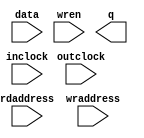
// megafunction wizard: %RAM: 2-PORT%VBB%
// GENERATION: STANDARD
// VERSION: WM1.0
// MODULE: altsyncram 

// ============================================================
// Megafunction Name(s):
// 			altsyncram
//
// Simulation Library Files(s):
// 			altera_mf
// ============================================================
// ************************************************************
// THIS IS A WIZARD-GENERATED FILE. DO NOT EDIT THIS FILE!
//
// 9.0 Build 132 02/25/2009 SJ Full Version
// ************************************************************

//Copyright (C) 1991-2009 Altera Corporation
//Your use of Altera Corporation's design tools, logic functions 
//and other software and tools, and its AMPP partner logic 
//functions, and any output files from any of the foregoing 
//(including device programming or simulation files), and any 
//associated documentation or information are expressly subject 
//to the terms and conditions of the Altera Program License 
//Subscription Agreement, Altera MegaCore Function License 
//Agreement, or other applicable license agreement, including, 
//without limitation, that your use is for the sole purpose of 
//programming logic devices manufactured by Altera and sold by 
//Altera or its authorized distributors.  Please refer to the 
//applicable agreement for further details.

module ImaDRAM (
	data,
	inclock,
	outclock,
	rdaddress,
	wraddress,
	wren,
	q);

	input	[7:0]  data;
	input	  inclock;
	input	  outclock;
	input	[13:0]  rdaddress;
	input	[13:0]  wraddress;
	input	  wren;
	output	[7:0]  q;
`ifndef ALTERA_RESERVED_QIS
// synopsys translate_off
`endif
	tri1	  wren;
`ifndef ALTERA_RESERVED_QIS
// synopsys translate_on
`endif

endmodule

// ============================================================
// CNX file retrieval info
// ============================================================
// Retrieval info: PRIVATE: ADDRESSSTALL_A NUMERIC "0"
// Retrieval info: PRIVATE: ADDRESSSTALL_B NUMERIC "0"
// Retrieval info: PRIVATE: BYTEENA_ACLR_A NUMERIC "0"
// Retrieval info: PRIVATE: BYTEENA_ACLR_B NUMERIC "0"
// Retrieval info: PRIVATE: BYTE_ENABLE_A NUMERIC "0"
// Retrieval info: PRIVATE: BYTE_ENABLE_B NUMERIC "0"
// Retrieval info: PRIVATE: BYTE_SIZE NUMERIC "8"
// Retrieval info: PRIVATE: BlankMemory NUMERIC "1"
// Retrieval info: PRIVATE: CLOCK_ENABLE_INPUT_A NUMERIC "0"
// Retrieval info: PRIVATE: CLOCK_ENABLE_INPUT_B NUMERIC "0"
// Retrieval info: PRIVATE: CLOCK_ENABLE_OUTPUT_A NUMERIC "0"
// Retrieval info: PRIVATE: CLOCK_ENABLE_OUTPUT_B NUMERIC "0"
// Retrieval info: PRIVATE: CLRdata NUMERIC "0"
// Retrieval info: PRIVATE: CLRq NUMERIC "0"
// Retrieval info: PRIVATE: CLRrdaddress NUMERIC "0"
// Retrieval info: PRIVATE: CLRrren NUMERIC "0"
// Retrieval info: PRIVATE: CLRwraddress NUMERIC "0"
// Retrieval info: PRIVATE: CLRwren NUMERIC "0"
// Retrieval info: PRIVATE: Clock NUMERIC "2"
// Retrieval info: PRIVATE: Clock_A NUMERIC "0"
// Retrieval info: PRIVATE: Clock_B NUMERIC "0"
// Retrieval info: PRIVATE: ECC NUMERIC "0"
// Retrieval info: PRIVATE: IMPLEMENT_IN_LES NUMERIC "0"
// Retrieval info: PRIVATE: INDATA_ACLR_B NUMERIC "0"
// Retrieval info: PRIVATE: INDATA_REG_B NUMERIC "0"
// Retrieval info: PRIVATE: INIT_FILE_LAYOUT STRING "PORT_B"
// Retrieval info: PRIVATE: INIT_TO_SIM_X NUMERIC "0"
// Retrieval info: PRIVATE: INTENDED_DEVICE_FAMILY STRING "Cyclone III"
// Retrieval info: PRIVATE: JTAG_ENABLED NUMERIC "0"
// Retrieval info: PRIVATE: JTAG_ID STRING "NONE"
// Retrieval info: PRIVATE: MAXIMUM_DEPTH NUMERIC "0"
// Retrieval info: PRIVATE: MEMSIZE NUMERIC "131072"
// Retrieval info: PRIVATE: MEM_IN_BITS NUMERIC "0"
// Retrieval info: PRIVATE: MIFfilename STRING ""
// Retrieval info: PRIVATE: OPERATION_MODE NUMERIC "2"
// Retrieval info: PRIVATE: OUTDATA_ACLR_B NUMERIC "0"
// Retrieval info: PRIVATE: OUTDATA_REG_B NUMERIC "1"
// Retrieval info: PRIVATE: RAM_BLOCK_TYPE NUMERIC "0"
// Retrieval info: PRIVATE: READ_DURING_WRITE_MODE_MIXED_PORTS NUMERIC "2"
// Retrieval info: PRIVATE: READ_DURING_WRITE_MODE_PORT_A NUMERIC "3"
// Retrieval info: PRIVATE: READ_DURING_WRITE_MODE_PORT_B NUMERIC "3"
// Retrieval info: PRIVATE: REGdata NUMERIC "1"
// Retrieval info: PRIVATE: REGq NUMERIC "0"
// Retrieval info: PRIVATE: REGrdaddress NUMERIC "1"
// Retrieval info: PRIVATE: REGrren NUMERIC "1"
// Retrieval info: PRIVATE: REGwraddress NUMERIC "1"
// Retrieval info: PRIVATE: REGwren NUMERIC "1"
// Retrieval info: PRIVATE: SYNTH_WRAPPER_GEN_POSTFIX STRING "0"
// Retrieval info: PRIVATE: USE_DIFF_CLKEN NUMERIC "0"
// Retrieval info: PRIVATE: UseDPRAM NUMERIC "1"
// Retrieval info: PRIVATE: VarWidth NUMERIC "0"
// Retrieval info: PRIVATE: WIDTH_READ_A NUMERIC "8"
// Retrieval info: PRIVATE: WIDTH_READ_B NUMERIC "8"
// Retrieval info: PRIVATE: WIDTH_WRITE_A NUMERIC "8"
// Retrieval info: PRIVATE: WIDTH_WRITE_B NUMERIC "8"
// Retrieval info: PRIVATE: WRADDR_ACLR_B NUMERIC "0"
// Retrieval info: PRIVATE: WRADDR_REG_B NUMERIC "0"
// Retrieval info: PRIVATE: WRCTRL_ACLR_B NUMERIC "0"
// Retrieval info: PRIVATE: enable NUMERIC "0"
// Retrieval info: PRIVATE: rden NUMERIC "0"
// Retrieval info: CONSTANT: ADDRESS_ACLR_B STRING "NONE"
// Retrieval info: CONSTANT: ADDRESS_REG_B STRING "CLOCK0"
// Retrieval info: CONSTANT: CLOCK_ENABLE_INPUT_A STRING "BYPASS"
// Retrieval info: CONSTANT: CLOCK_ENABLE_INPUT_B STRING "BYPASS"
// Retrieval info: CONSTANT: CLOCK_ENABLE_OUTPUT_B STRING "BYPASS"
// Retrieval info: CONSTANT: INTENDED_DEVICE_FAMILY STRING "Cyclone III"
// Retrieval info: CONSTANT: LPM_TYPE STRING "altsyncram"
// Retrieval info: CONSTANT: NUMWORDS_A NUMERIC "16384"
// Retrieval info: CONSTANT: NUMWORDS_B NUMERIC "16384"
// Retrieval info: CONSTANT: OPERATION_MODE STRING "DUAL_PORT"
// Retrieval info: CONSTANT: OUTDATA_ACLR_B STRING "NONE"
// Retrieval info: CONSTANT: OUTDATA_REG_B STRING "CLOCK1"
// Retrieval info: CONSTANT: POWER_UP_UNINITIALIZED STRING "FALSE"
// Retrieval info: CONSTANT: READ_DURING_WRITE_MODE_MIXED_PORTS STRING "DONT_CARE"
// Retrieval info: CONSTANT: WIDTHAD_A NUMERIC "14"
// Retrieval info: CONSTANT: WIDTHAD_B NUMERIC "14"
// Retrieval info: CONSTANT: WIDTH_A NUMERIC "8"
// Retrieval info: CONSTANT: WIDTH_B NUMERIC "8"
// Retrieval info: CONSTANT: WIDTH_BYTEENA_A NUMERIC "1"
// Retrieval info: USED_PORT: data 0 0 8 0 INPUT NODEFVAL data[7..0]
// Retrieval info: USED_PORT: inclock 0 0 0 0 INPUT NODEFVAL inclock
// Retrieval info: USED_PORT: outclock 0 0 0 0 INPUT NODEFVAL outclock
// Retrieval info: USED_PORT: q 0 0 8 0 OUTPUT NODEFVAL q[7..0]
// Retrieval info: USED_PORT: rdaddress 0 0 14 0 INPUT NODEFVAL rdaddress[13..0]
// Retrieval info: USED_PORT: wraddress 0 0 14 0 INPUT NODEFVAL wraddress[13..0]
// Retrieval info: USED_PORT: wren 0 0 0 0 INPUT VCC wren
// Retrieval info: CONNECT: @data_a 0 0 8 0 data 0 0 8 0
// Retrieval info: CONNECT: @wren_a 0 0 0 0 wren 0 0 0 0
// Retrieval info: CONNECT: q 0 0 8 0 @q_b 0 0 8 0
// Retrieval info: CONNECT: @address_a 0 0 14 0 wraddress 0 0 14 0
// Retrieval info: CONNECT: @address_b 0 0 14 0 rdaddress 0 0 14 0
// Retrieval info: CONNECT: @clock0 0 0 0 0 inclock 0 0 0 0
// Retrieval info: CONNECT: @clock1 0 0 0 0 outclock 0 0 0 0
// Retrieval info: LIBRARY: altera_mf altera_mf.altera_mf_components.all
// Retrieval info: GEN_FILE: TYPE_NORMAL ImaDRAM.v TRUE
// Retrieval info: GEN_FILE: TYPE_NORMAL ImaDRAM.inc TRUE
// Retrieval info: GEN_FILE: TYPE_NORMAL ImaDRAM.cmp TRUE
// Retrieval info: GEN_FILE: TYPE_NORMAL ImaDRAM.bsf TRUE FALSE
// Retrieval info: GEN_FILE: TYPE_NORMAL ImaDRAM_inst.v TRUE
// Retrieval info: GEN_FILE: TYPE_NORMAL ImaDRAM_bb.v TRUE
// Retrieval info: GEN_FILE: TYPE_NORMAL ImaDRAM_waveforms.html TRUE
// Retrieval info: GEN_FILE: TYPE_NORMAL ImaDRAM_wave*.jpg FALSE
// Retrieval info: LIB_FILE: altera_mf